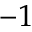
- 1